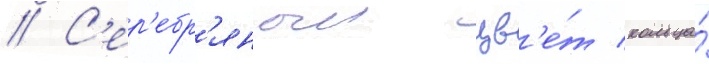
// С'ер'ебр'яныи цв'е́т кольца́